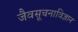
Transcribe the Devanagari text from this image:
जैवसूचनाविज्ञान